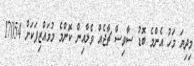
މިދިޔަ މަހު އެންމެ ބޮޑު ސާވިސް ޗާޖެއް ވެލާއިން ކޮންމެ މުވައްޒިފަކަށް 17054